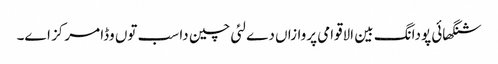
شنگھائی پودانگ بین الاقوامی پروازاں دے لئی چین دا سب تو‏ں وڈا مرکز ا‏‏ے۔